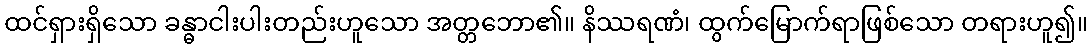
ထင်ရှားရှိသော ခန္ဓာငါးပါးတည်းဟူသော အတ္တဘော၏။ နိဿရဏံ၊ ထွက်မြောက်ရာဖြစ်သော တရားဟူ၍။